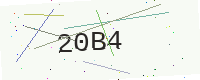
Text: 20B4